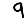
Digit: 9